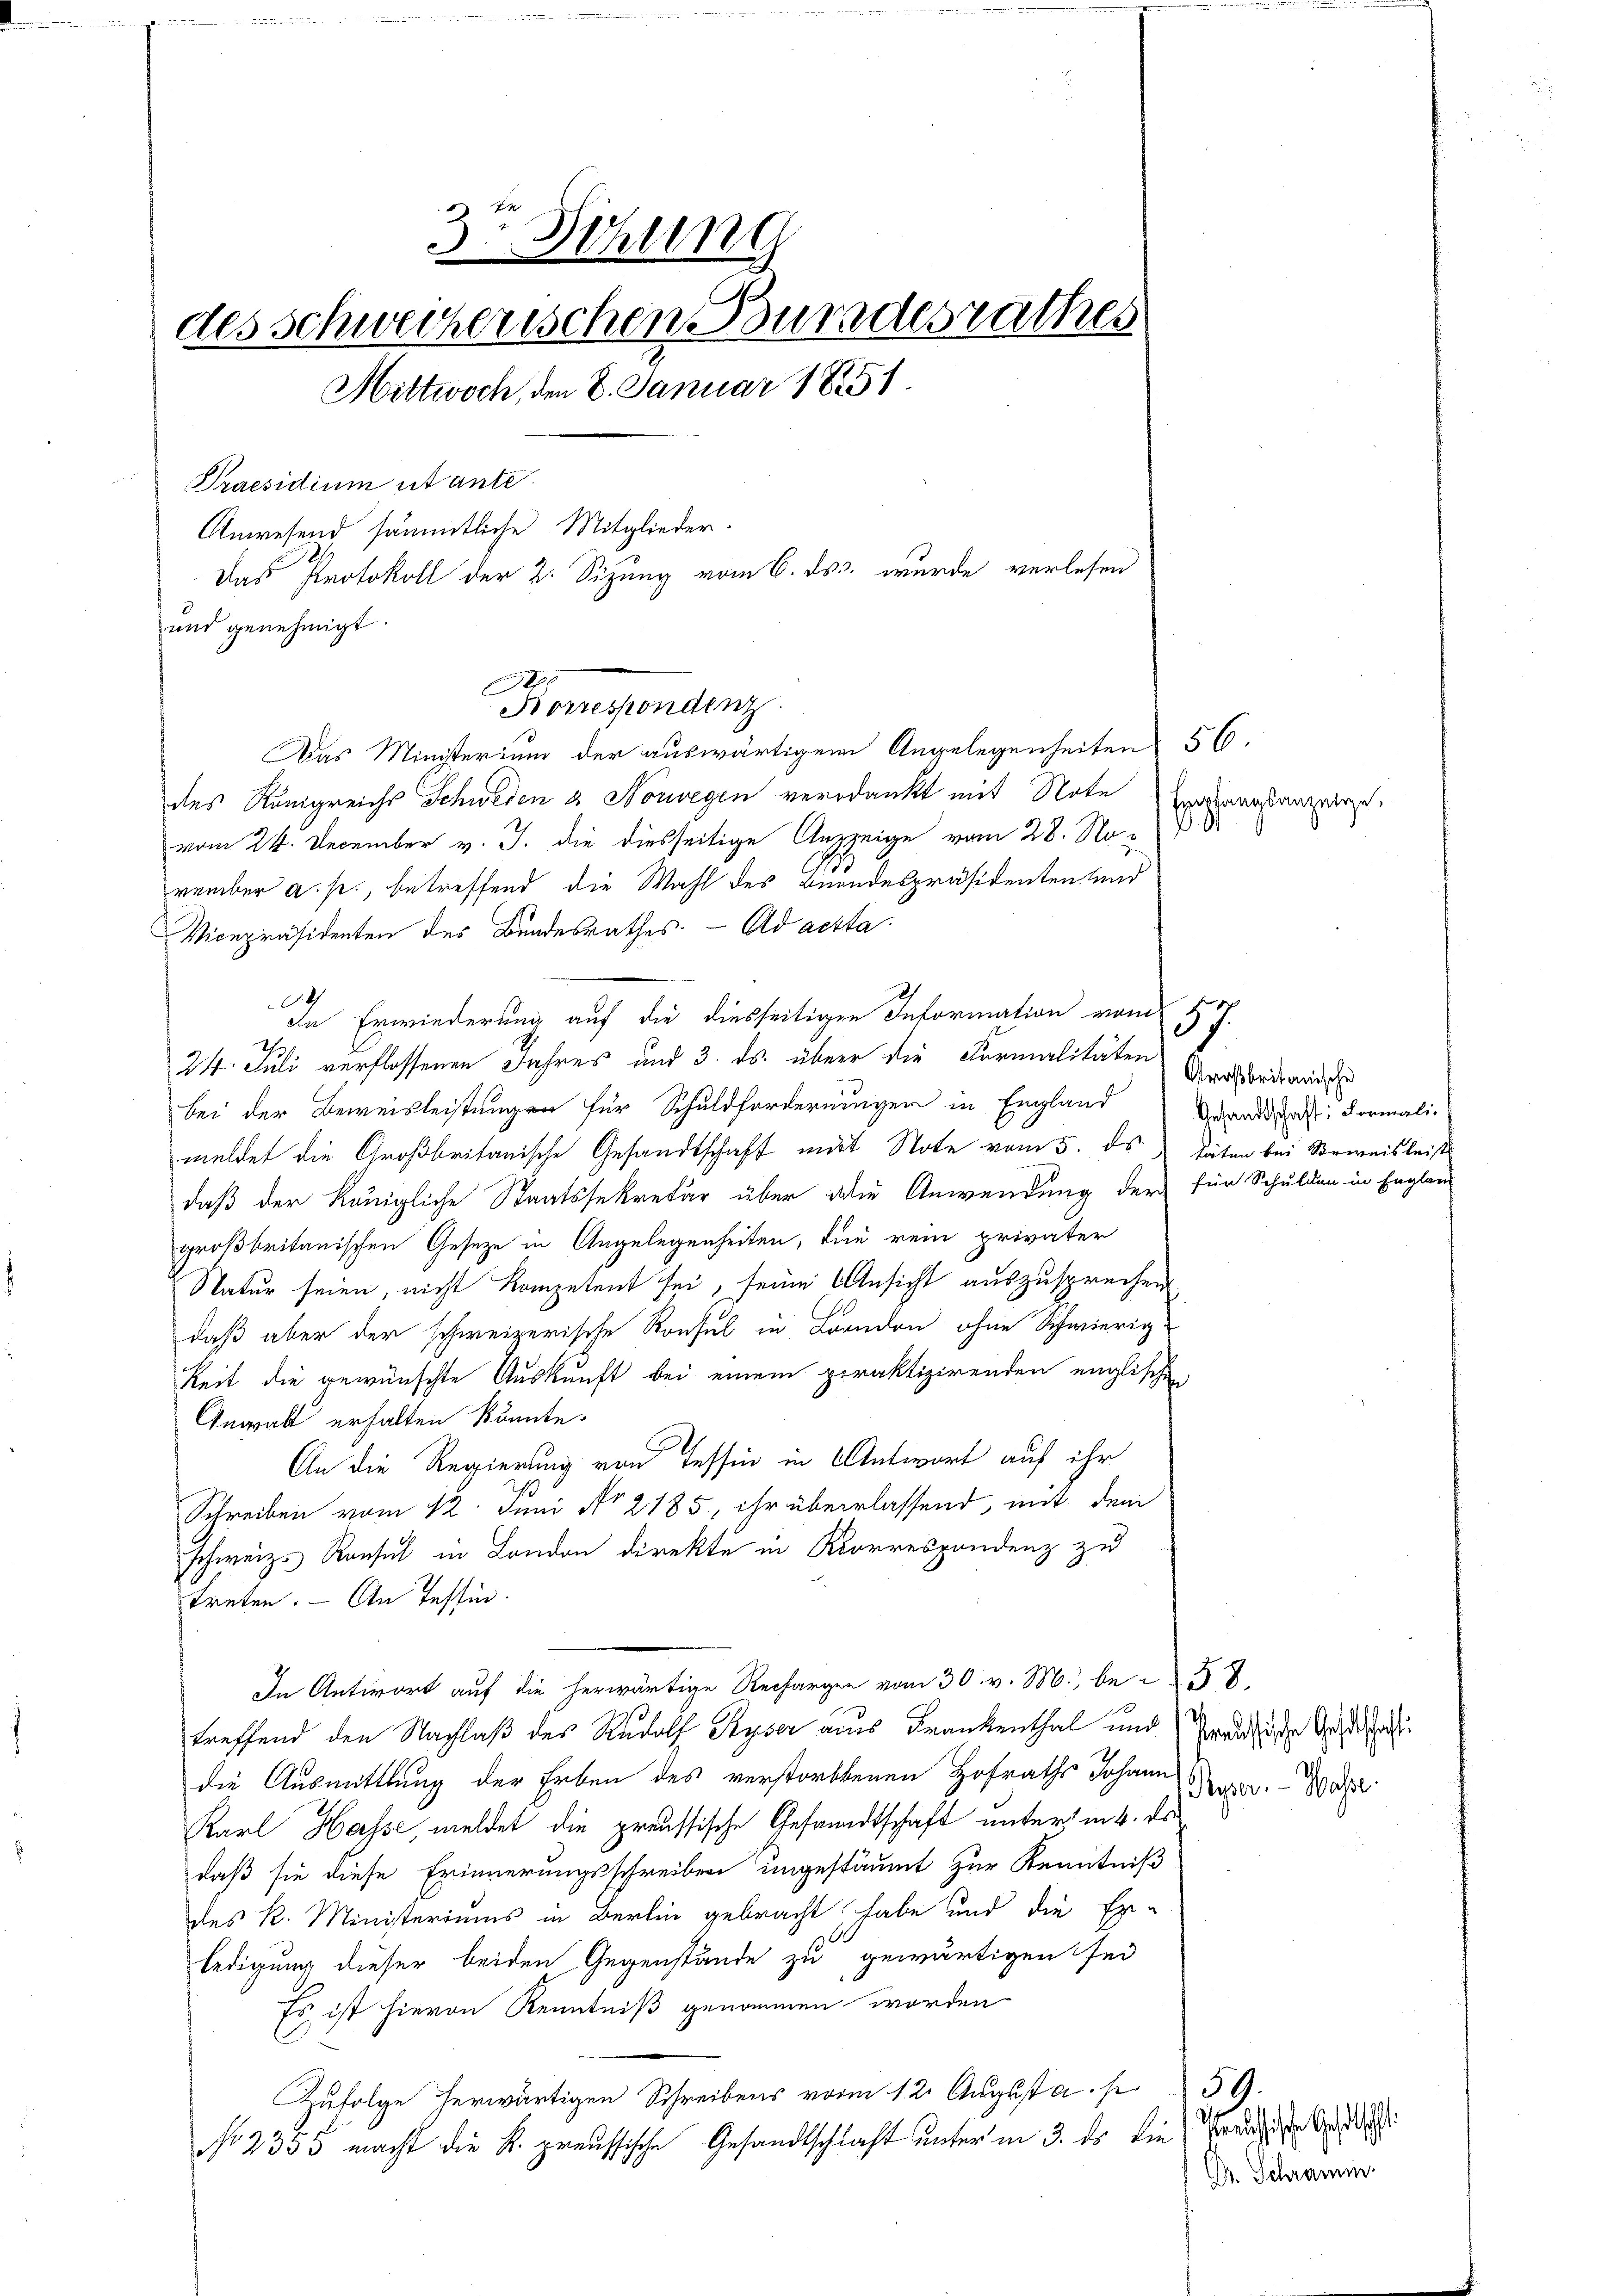
die in ich und in u. einer eine als der einen der dieser
3 Dihung
des Schweizerischen Buradesrathes
Mittwoch, den 8. Januar 1851.
Praesidium utante.
Anwesend sämmtliche Mitglieder.
Das Protokoll der 2. Sizung vom 6. ds. wurde verlesen
und genehmigt.
890

Korrespondenz
Das Ministerium der auswärtigen Angelegenheiten 56.

des Königreichs Schweden & Norwegen verdankt mit Note
vom 24. December v. J. die diesseitige Anzzeige vom 28. No-
vember a. s., betreffend die Wahl des Beandespräsidenten und
Vicepräsidenten des Bundesrathes - Ad acta
In Erwiederung auf die diesseitigen Information vom
24. Juli verflossenen Jahres und 3. ds. über die Formalitäten Anordan
bei der Beweisleistungen für Schuldforderungen in England Grandat Formali-
meldet die Großbritanische Gesandtschaft mit Note vom 5. ds täten bei Beweisleist
daß der Königliche Staatssekretär über die Anwendung der für Schulden in Englaub
großbritanischen Gesetze in Angelegenheiten, die rein privater
Natur seien, nicht kompetent sei, seine Ansicht auszusprechen
daß aber der schweizerische Konsul in Branden ohne Schwierig-
keit die gewünschte Auskunft bei einem praktizirenden englischen
Angalt erhalten könnte.
An die Regierung von Tessin in Antwort auf ihr
Schreiben vom 12. Juni No 2185, ihr überlassend, mit dem
schweiz. Konsul in London direkte in Korrespondenz zu
treten. - An Tessin.
In Antwort auf die herwärtige Rechargen vom 30. v. M., be-57.
treffend den Nachlaß des Rudolf Ryser aus Frankenthal und Kredige Geschaft
die Ausmittlung der Erben des verstorbenen Hofraths Johann
Karl Hasse, meldet die preussische Gesandtschaft unter in 4. ds.
daß sie diese Erinnerungsschreiben ungestäumt zur Kenntniß
des k. Ministeriums in Berlin gebracht, habe und die Ex-
ledigung dieser beiden Gegenstände zu gewärtigen sei
Es ist hievon Kenntniß genommen worden
Zufolge herwärtigen Schreibens vom 12. August a. p
No 2335 macht die K. preussische Gesandtschlaft unter in 3. ds die

Empfangsanzeige.

57.

Pieper. - Wahre.

29.

Ge¬
Dr. Schramm